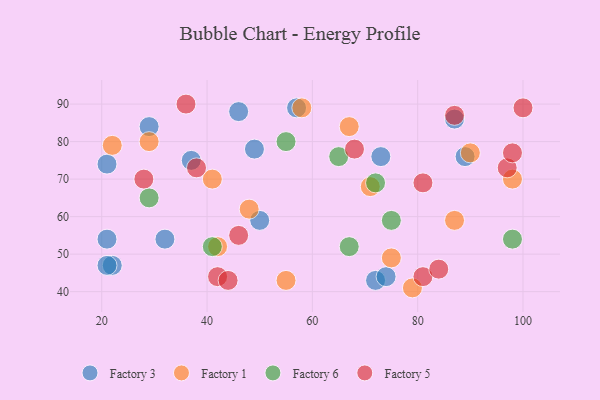
{"axis": {"x": "GDP", "y": "Life Expectancy"}, "legend": ["Factory 1", "Factory 3", "Factory 5", "Factory 6"], "data": [{"x": "73", "y": 76, "type": "Factory 3"}, {"x": "50", "y": 59, "type": "Factory 3"}, {"x": "72", "y": 43, "type": "Factory 3"}, {"x": "89", "y": 76, "type": "Factory 3"}, {"x": "21", "y": 74, "type": "Factory 3"}, {"x": "74", "y": 44, "type": "Factory 3"}, {"x": "87", "y": 86, "type": "Factory 3"}, {"x": "57", "y": 89, "type": "Factory 3"}, {"x": "46", "y": 88, "type": "Factory 3"}, {"x": "32", "y": 54, "type": "Factory 3"}, {"x": "22", "y": 47, "type": "Factory 3"}, {"x": "21", "y": 47, "type": "Factory 3"}, {"x": "21", "y": 54, "type": "Factory 3"}, {"x": "29", "y": 84, "type": "Factory 3"}, {"x": "37", "y": 75, "type": "Factory 3"}, {"x": "49", "y": 78, "type": "Factory 3"}, {"x": "29", "y": 80, "type": "Factory 1"}, {"x": "67", "y": 84, "type": "Factory 1"}, {"x": "71", "y": 68, "type": "Factory 1"}, {"x": "41", "y": 70, "type": "Factory 1"}, {"x": "75", "y": 49, "type": "Factory 1"}, {"x": "48", "y": 62, "type": "Factory 1"}, {"x": "55", "y": 43, "type": "Factory 1"}, {"x": "42", "y": 52, "type": "Factory 1"}, {"x": "98", "y": 70, "type": "Factory 1"}, {"x": "79", "y": 41, "type": "Factory 1"}, {"x": "58", "y": 89, "type": "Factory 1"}, {"x": "22", "y": 79, "type": "Factory 1"}, {"x": "87", "y": 59, "type": "Factory 1"}, {"x": "90", "y": 77, "type": "Factory 1"}, {"x": "65", "y": 76, "type": "Factory 6"}, {"x": "72", "y": 69, "type": "Factory 6"}, {"x": "55", "y": 80, "type": "Factory 6"}, {"x": "75", "y": 59, "type": "Factory 6"}, {"x": "98", "y": 54, "type": "Factory 6"}, {"x": "29", "y": 65, "type": "Factory 6"}, {"x": "67", "y": 52, "type": "Factory 6"}, {"x": "41", "y": 52, "type": "Factory 6"}, {"x": "97", "y": 73, "type": "Factory 5"}, {"x": "28", "y": 70, "type": "Factory 5"}, {"x": "36", "y": 90, "type": "Factory 5"}, {"x": "42", "y": 44, "type": "Factory 5"}, {"x": "68", "y": 78, "type": "Factory 5"}, {"x": "44", "y": 43, "type": "Factory 5"}, {"x": "81", "y": 69, "type": "Factory 5"}, {"x": "100", "y": 89, "type": "Factory 5"}, {"x": "87", "y": 87, "type": "Factory 5"}, {"x": "98", "y": 77, "type": "Factory 5"}, {"x": "81", "y": 44, "type": "Factory 5"}, {"x": "46", "y": 55, "type": "Factory 5"}, {"x": "38", "y": 73, "type": "Factory 5"}, {"x": "84", "y": 46, "type": "Factory 5"}]}